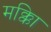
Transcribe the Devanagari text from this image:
मक्काि